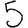
Digit: 5